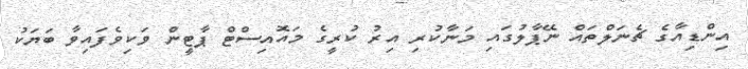
އިންޑިއާގެ ޗެނަލްތައް ނޭޕާލުގައި މަނާކުރި އިރު ކުރީގެ މައޮއިސްޓް ޕާޓީން ވަކިވެފައިވާ ބަޔަކު